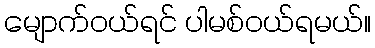
မျောက်ဝယ်ရင် ပါမစ်ဝယ်ရမယ်။